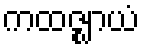
ကထဇ္ဈာယံ